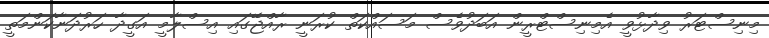
މިނިސްޓަރު ވިދާޅުވީ އެމިނިސްޓްރީން އަބަދުވެސް މަސައްކަތް ކުރަނީ ރާއްޖޭގައި އިސްލާމީ އަގީދާ ހަރުދަނާކަންމަތީ